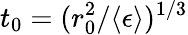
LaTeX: t_{0}=(r_{0}^{2}/\langle\epsilon\rangle)^{1/3}